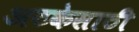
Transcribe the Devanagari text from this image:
अटकेसाठी